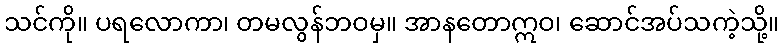
သင်ကို။ ပရလောကာ၊ တမလွန်ဘဝမှ။ အာနတောဣဝ၊ ဆောင်အပ်သကဲ့သို့။